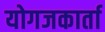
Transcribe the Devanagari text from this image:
योगजकार्ता